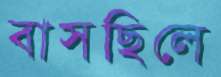
বাসছিলে